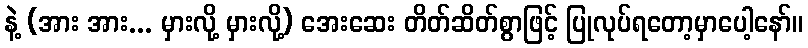
နဲ့ (အား အား... မှားလို့ မှားလို့) အေးဆေး တိတ်ဆိတ်စွာဖြင့် ပြုလုပ်ရတော့မှာပေါ့နော်။